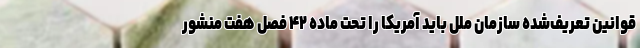
قوانین تعریف‌شده سازمان ملل باید آمریکا را تحت ماده ۴۲ فصل هفت منشور